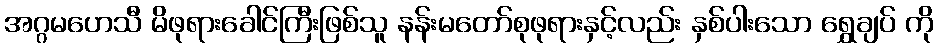
အဂ္ဂမဟေသီ မိဖုရားခေါင်ကြီးဖြစ်သူ နန်းမတော်စုဖုရားနှင့်လည်း နှစ်ပါးသော ရွှေချပ် ကို